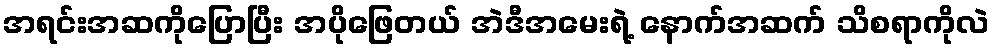
အရင်းအဆကိုပြောပြီး အပိုဖြေတယ် အဲဒီအမေးရဲ့ နောက်အဆက် သိစရာကိုလဲ